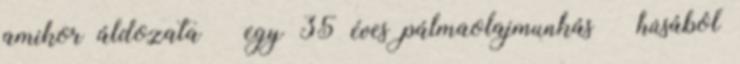
amikor áldozata – egy 35 éves pálmaolajmunkás – húsából